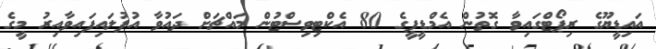
އައިޑީޔޫގެ ރިޕޯޓްގައިވާ ގޮތުން އެމްޑީޕީގެ 80 އެކްޓިވިސްޓުން މައްޗަށް ދައުވާ އުފުލައިފައިވާއިރު މީގެ